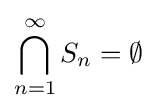
\bigcap _{n=1}^{\infty }S_{n}=\emptyset